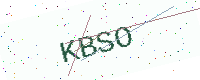
Text: KBSO